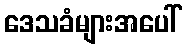
ဒေသခံများအပေါ်